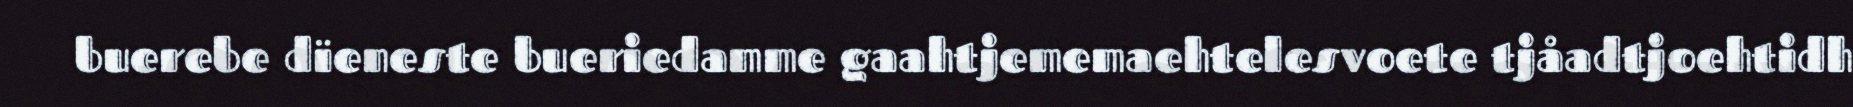
buerebe dïeneste bueriedamme gaahtjememaehtelesvoete tjåadtjoehtidh